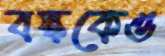
বস্ককেও